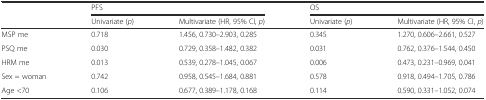
<table><thead><tr><td rowspan="2"></td><td colspan="2"><b>PFS</b></td><td colspan="2"><b>OS</b></td></tr><tr><td><b>Univariate (<i>p</i>)</b></td><td><b>Multivariate (HR, 95% CI, <i>p</i>)</b></td><td><b>Univariate (<i>p</i>)</b></td><td><b>Multivariate (HR, 95% CI, <i>p</i>)</b></td></tr></thead><tbody><tr><td>MSP me</td><td>0.718</td><td>1.456, 0.730–2.903, 0.285</td><td>0.345</td><td>1.270, 0.606–2.661, 0.527</td></tr><tr><td>PSQ me</td><td>0.030</td><td>0.729, 0.358–1.482, 0.382</td><td>0.031</td><td>0.762, 0.376–1.544, 0.450</td></tr><tr><td>HRM me</td><td>0.013</td><td>0.539, 0.278–1.045, 0.067</td><td>0.006</td><td>0.473, 0.231–0.969, 0.041</td></tr><tr><td>Sex = woman</td><td>0.742</td><td>0.958, 0.545–1.684, 0.881</td><td>0.578</td><td>0.918, 0.494–1.705, 0.786</td></tr><tr><td>Age &lt;70</td><td>0.106</td><td>0.677, 0.389–1.178, 0.168</td><td>0.114</td><td>0.590, 0.331–1.052, 0.074</td></tr></tbody></table>